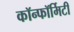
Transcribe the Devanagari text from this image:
कॉन्फॉर्मिटी